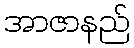
အာဇာနည်